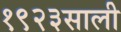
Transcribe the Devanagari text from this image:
१९२३साली